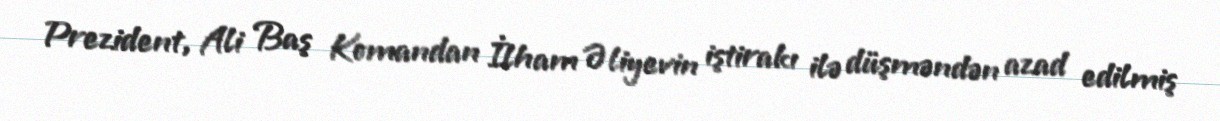
Prezident, Ali Baş Komandan İlham Əliyevin iştirakı ilə düşməndən azad edilmiş